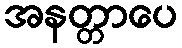
အနတ္တာပေ